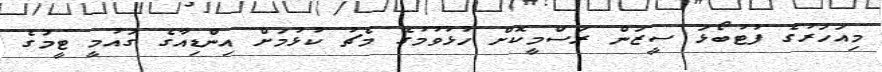
މިއަހަރުގެ ފުޓުބޯޅަ ސީޒަން ރަސްމީކޮށް ހުޅުވުމުގެ މެޗު ކުޅުމަށް އިންޑިއާގެ ގައުމީ ޓީމުގެ